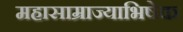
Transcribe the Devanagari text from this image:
महासाम्राज्याभिषेक